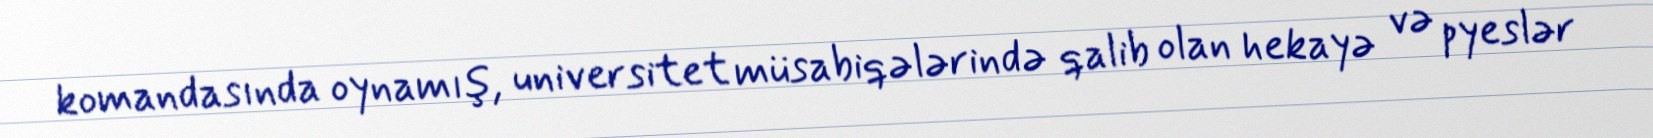
komandasında oynamış, universitet müsabiqələrində qalib olan hekayə və pyeslər